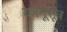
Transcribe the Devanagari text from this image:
कामूसूत्र